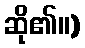
ဆို၏။)